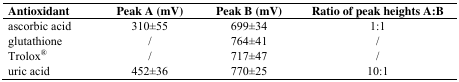
<table><thead><tr><td><b>Antioxidant</b></td><td><b>Peak A (mV)</b></td><td><b>Peak B (mV)</b></td><td><b>Ratio of peak heights A:B</b></td></tr></thead><tbody><tr><td>ascorbic acid</td><td>310±55</td><td>699±34</td><td>1:1</td></tr><tr><td>glutathione</td><td>/</td><td>764±41</td><td>/</td></tr><tr><td>Trolox<sup>®</sup></td><td>/</td><td>717±47</td><td>/</td></tr><tr><td>uric acid</td><td>452±36</td><td>770±25</td><td>10:1</td></tr></tbody></table>